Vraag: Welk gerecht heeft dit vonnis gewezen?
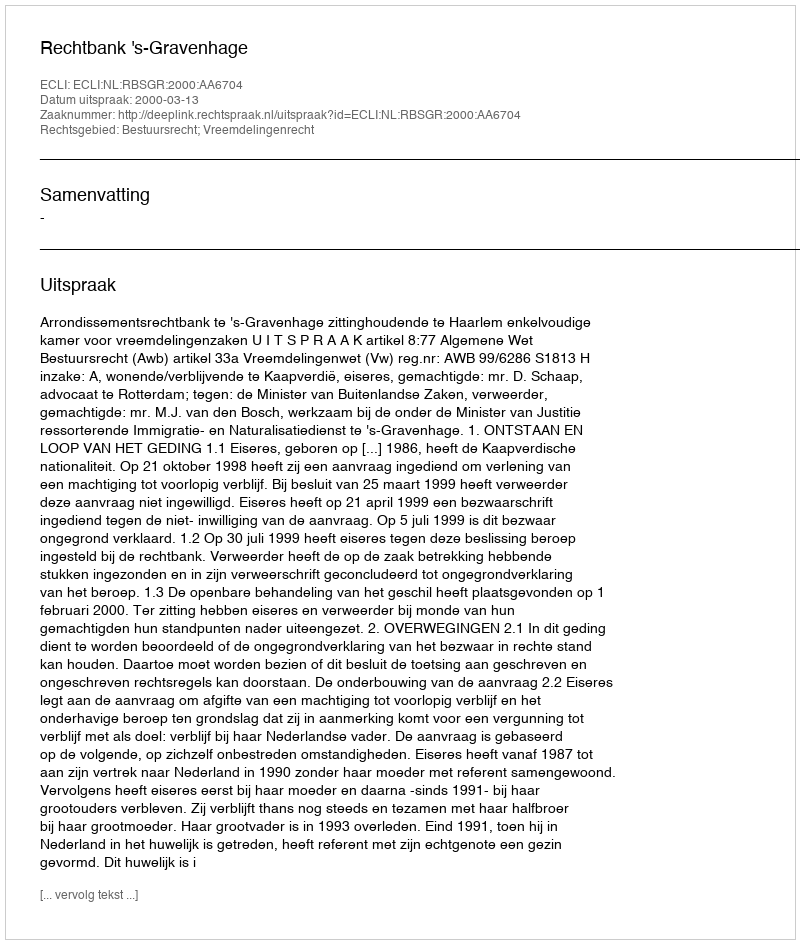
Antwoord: Rechtbank 's-Gravenhage